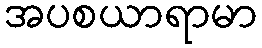
အပစယာရာမာ